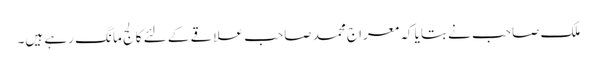
ملک صاحب نے بتایا کہ معراج محمد صاحب علاقے کے لئے کالج مانگ رہے ہیں۔